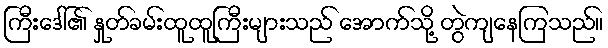
ကြီးဒေါ်၏ နှုတ်ခမ်းထူထူကြီးများသည် အောက်သို့ တွဲကျနေကြသည်။